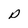
Character: D